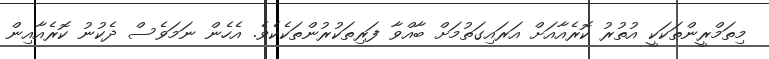
މިތަމްރީންތަކަކީ އުތުރު ކޮރެއާއަށް އަރައިގަތުމަށް ބާއްވާ ފަރިތަކުރުންތަކެކެވެ. އެހެން ނަމަވެސް ދެކުނު ކޮރެއާއިން